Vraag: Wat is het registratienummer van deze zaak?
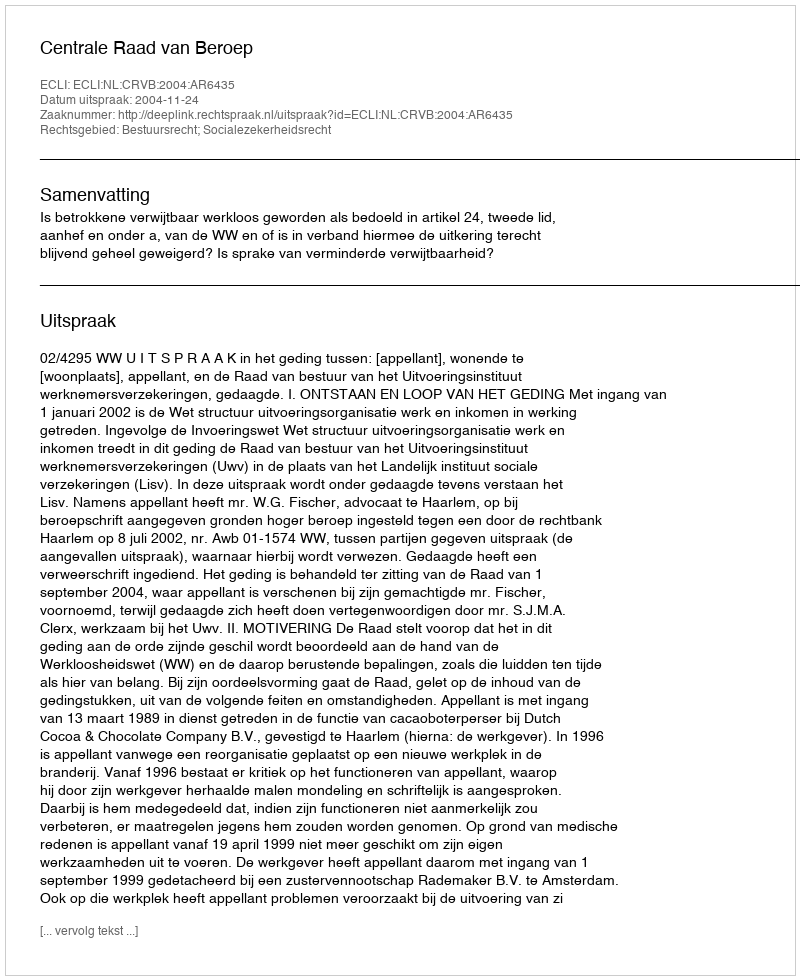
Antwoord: http://deeplink.rechtspraak.nl/uitspraak?id=ECLI:NL:CRVB:2004:AR6435